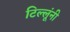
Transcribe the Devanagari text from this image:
टिल्लूंनी